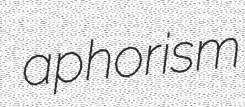
aphorism